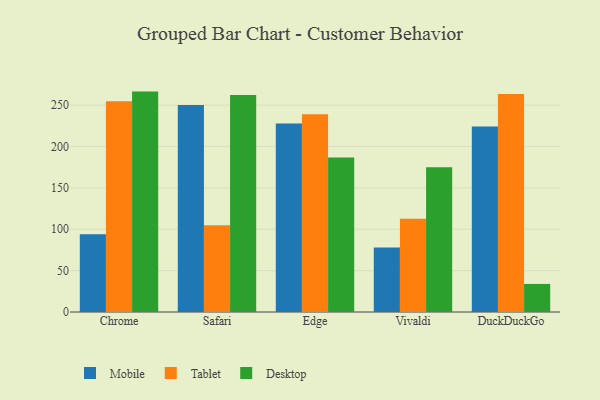
{"axis": {"x": "Browser", "y": "Latency (ms)"}, "legend": ["Desktop", "Mobile", "Tablet"], "data": [{"x": "Chrome", "y": 93.9, "type": "Mobile"}, {"x": "Chrome", "y": 254.7, "type": "Tablet"}, {"x": "Chrome", "y": 266.3, "type": "Desktop"}, {"x": "Safari", "y": 250.2, "type": "Mobile"}, {"x": "Safari", "y": 104.8, "type": "Tablet"}, {"x": "Safari", "y": 262.3, "type": "Desktop"}, {"x": "Edge", "y": 227.8, "type": "Mobile"}, {"x": "Edge", "y": 238.9, "type": "Tablet"}, {"x": "Edge", "y": 186.7, "type": "Desktop"}, {"x": "Vivaldi", "y": 78.0, "type": "Mobile"}, {"x": "Vivaldi", "y": 112.6, "type": "Tablet"}, {"x": "Vivaldi", "y": 174.8, "type": "Desktop"}, {"x": "DuckDuckGo", "y": 224.2, "type": "Mobile"}, {"x": "DuckDuckGo", "y": 263.5, "type": "Tablet"}, {"x": "DuckDuckGo", "y": 33.9, "type": "Desktop"}]}